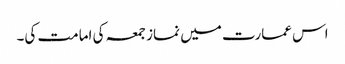
اس عمارت میں نماز جمعہ کی امامت کی۔